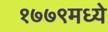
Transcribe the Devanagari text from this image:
१७७९मध्ये